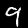
Digit: 9